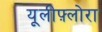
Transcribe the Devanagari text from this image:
यूलीफ़्लोरा